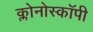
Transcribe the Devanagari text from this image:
क्लोनोस्कॉपी